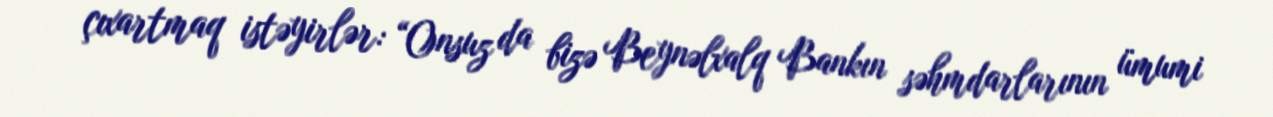
çıxartmaq istəyirlər: “Onsuz da bizə Beynəlxalq Bankın səhmdarlarının ümumi